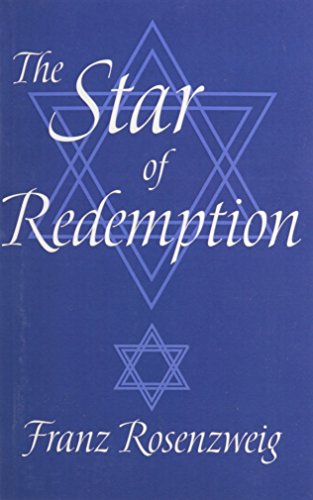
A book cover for The Star of Redemption; Franz Rosenzweig; Religion & Spirituality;